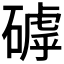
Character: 𥕕